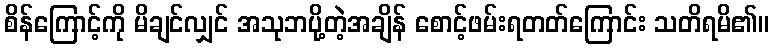
စိန်ကြောင့်ကို မိချင်လျှင် အသုဘပို့တဲ့အချိန် စောင့်ဖမ်းရတတ်ကြောင်း သတိရမိ၏။